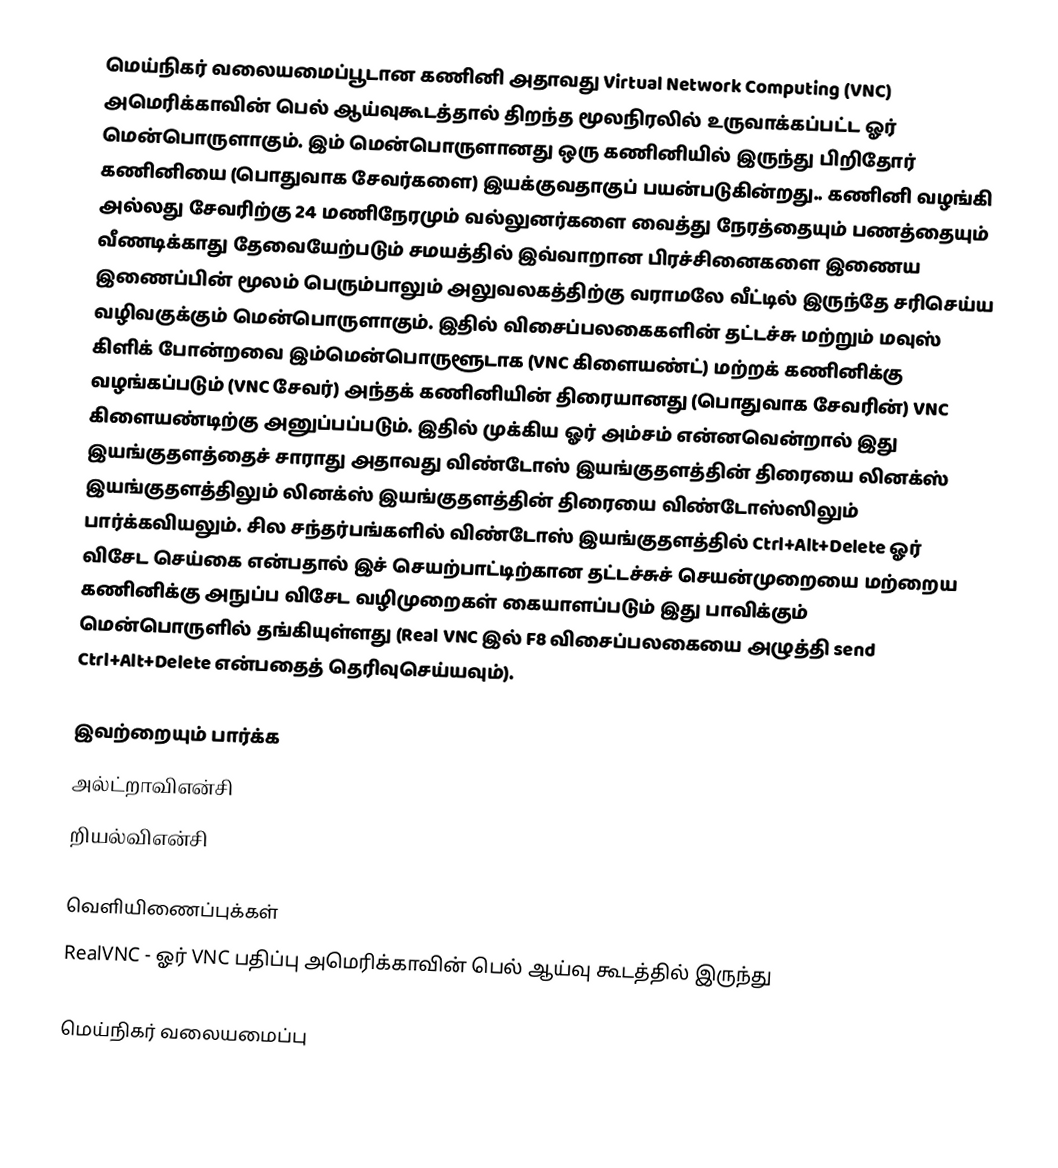
மெய்நிகர் வலையமைப்பூடான கணினி அதாவது Virtual Network Computing (VNC) அமெரிக்காவின் பெல் ஆய்வுகூடத்தால் திறந்த மூலநிரலில் உருவாக்கப்பட்ட ஓர் மென்பொருளாகும். இம் மென்பொருளானது ஒரு கணினியில் இருந்து பிறிதோர் கணினியை (பொதுவாக சேவர்களை) இயக்குவதாகுப் பயன்படுகின்றது.. கணினி வழங்கி அல்லது சேவரிற்கு 24 மணிநேரமும் வல்லுனர்களை வைத்து நேரத்தையும் பணத்தையும் வீணடிக்காது தேவையேற்படும் சமயத்தில் இவ்வாறான பிரச்சினைகளை இணைய இணைப்பின் மூலம் பெரும்பாலும் அலுவலகத்திற்கு வராமலே வீட்டில் இருந்தே சரிசெய்ய வழிவகுக்கும் மென்பொருளாகும். இதில் விசைப்பலகைகளின் தட்டச்சு மற்றும் மவுஸ் கிளிக் போன்றவை இம்மென்பொருளூடாக (VNC கிளையண்ட்) மற்றக் கணினிக்கு வழங்கப்படும் (VNC சேவர்) அந்தக் கணினியின் திரையானது (பொதுவாக சேவரின்) VNC கிளையண்டிற்கு அனுப்பப்படும். இதில் முக்கிய ஓர் அம்சம் என்னவென்றால் இது இயங்குதளத்தைச் சாராது அதாவது விண்டோஸ் இயங்குதளத்தின் திரையை லினக்ஸ் இயங்குதளத்திலும் லினக்ஸ் இயங்குதளத்தின் திரையை விண்டோஸ்ஸிலும் பார்க்கவியலும். சில சந்தர்பங்களில் விண்டோஸ் இயங்குதளத்தில் Ctrl+Alt+Delete ஓர் விசேட செய்கை என்பதால் இச் செயற்பாட்டிற்கான தட்டச்சுச் செயன்முறையை மற்றைய கணினிக்கு அநுப்ப விசேட வழிமுறைகள் கையாளப்படும் இது பாவிக்கும் மென்பொருளில் தங்கியுள்ளது (Real VNC இல் F8 விசைப்பலகையை அழுத்தி send Ctrl+Alt+Delete என்பதைத் தெரிவுசெய்யவும்).

இவற்றையும் பார்க்க
 அல்ட்றாவிஎன்சி
 றியல்விஎன்சி

வெளியிணைப்புக்கள்
 RealVNC - ஓர் VNC பதிப்பு அமெரிக்காவின் பெல் ஆய்வு கூடத்தில் இருந்து

மெய்நிகர் வலையமைப்பு